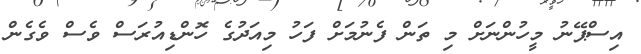
އިސްޕޭނު މީހުންނަށް މި ތަން ފެނުމަށް ފަހު މިއަދުގެ ހޮންޑިއުރަސް ވެސް ވެގެން